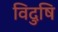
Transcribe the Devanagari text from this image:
विदुषि